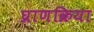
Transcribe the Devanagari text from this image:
घ्राणक्रिया